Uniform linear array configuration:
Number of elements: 4
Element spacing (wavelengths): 1
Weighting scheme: binomial
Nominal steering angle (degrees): -60
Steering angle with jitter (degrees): -60.97
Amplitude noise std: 0.05
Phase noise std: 0.05

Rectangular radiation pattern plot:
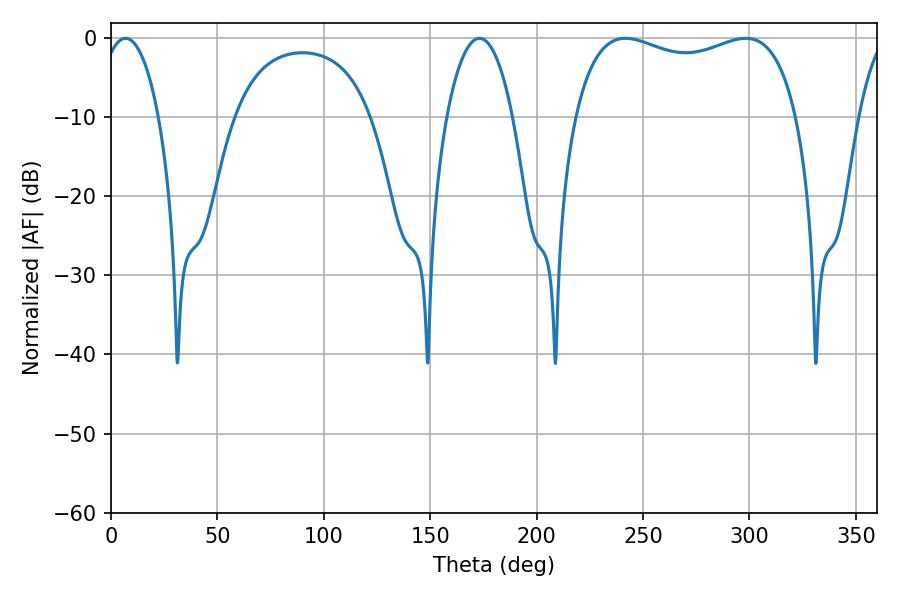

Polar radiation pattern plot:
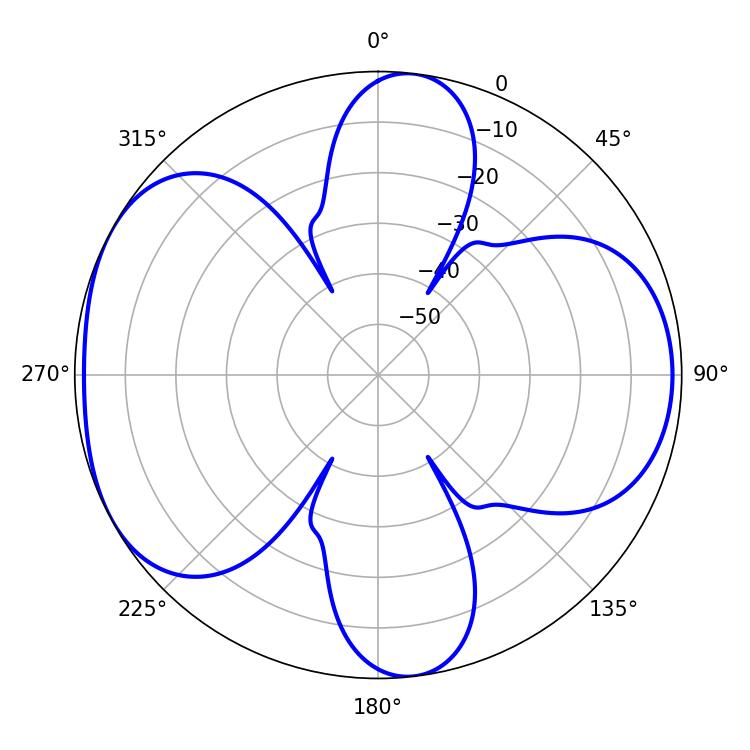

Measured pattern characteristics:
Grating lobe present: TRUE
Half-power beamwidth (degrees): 86.04
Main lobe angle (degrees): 241.74